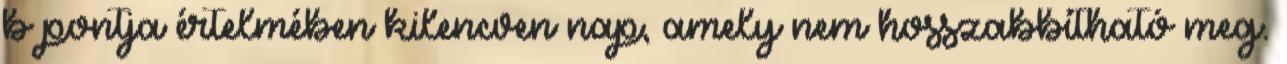
b pontja értelmében kilencven nap, amely nem hosszabbítható meg.